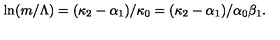
\ln ( m / \Lambda ) = ( \kappa _ { 2 } - \alpha _ { 1 } ) / \kappa _ { 0 } = ( \kappa _ { 2 } - \alpha _ { 1 } ) / \alpha _ { 0 } \beta _ { 1 } .